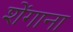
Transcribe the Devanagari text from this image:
शेंगाना